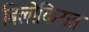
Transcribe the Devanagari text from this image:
बिलोकियत